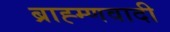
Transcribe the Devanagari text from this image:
ब्राह्म्णवादी